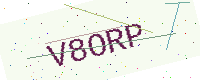
Text: V8ORP